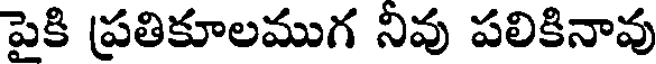
పైకి ప్రతికూలముగ నివు పలికినావు